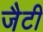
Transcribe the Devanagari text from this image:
जैटी